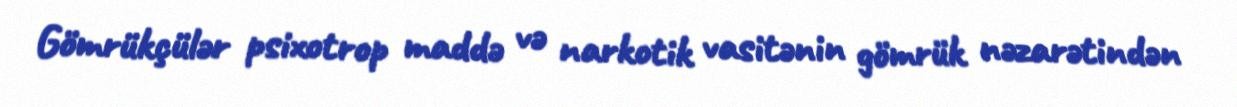
Gömrükçülər psixotrop maddə və narkotik vasitənin gömrük nəzarətindən